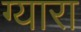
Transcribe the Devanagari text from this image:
ग्यारा